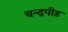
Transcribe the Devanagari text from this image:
चन्द्रपीड